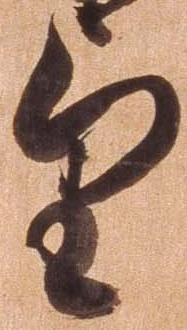
望